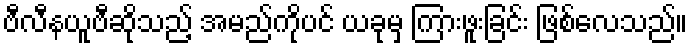
ဗီလီနယူဗီဆိုသည့် အမည်ကိုပင် ယခုမှ ကြားဖူးခြင်း ဖြစ်လေသည်။